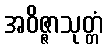
အဝိဇ္ဇာသုတ္တံ